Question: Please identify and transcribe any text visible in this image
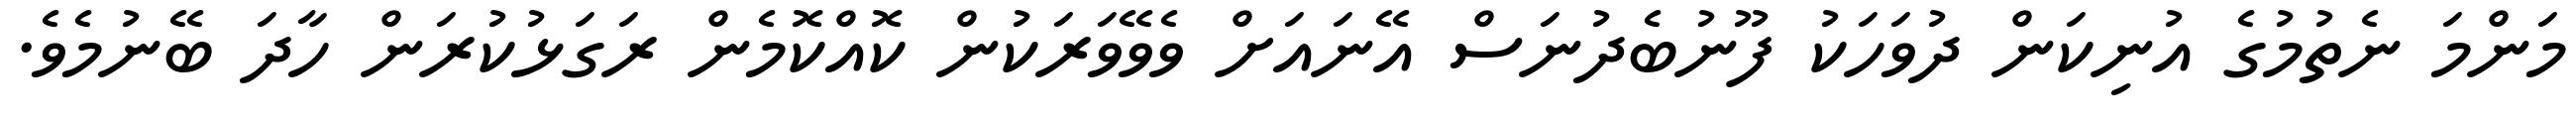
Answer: މަންމަ ނެތުމުގެ އުނިކަން ދުވަހަކު ފޫނުބެދުނަސް އޭނައަށް ވެވޭވަރަކުން ކޮއްކޮމެން ރަގަޅުކުރަން ހާދަ ބޭނުމެވެ.